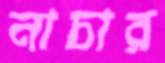
নাচার